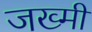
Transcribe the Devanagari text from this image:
जख्मीं